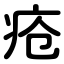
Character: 疮